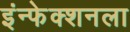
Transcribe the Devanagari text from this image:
इंन्फेक्शनला